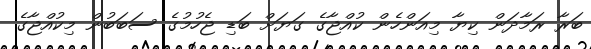
ބަރާ ރަމާދަން ކިޔާ މިއަންހެން ކުއްޖާގެ ގަޔަށް ބަޑި ޖެހުމުގެ ސަބަބުން މިކުއްޖާގެ